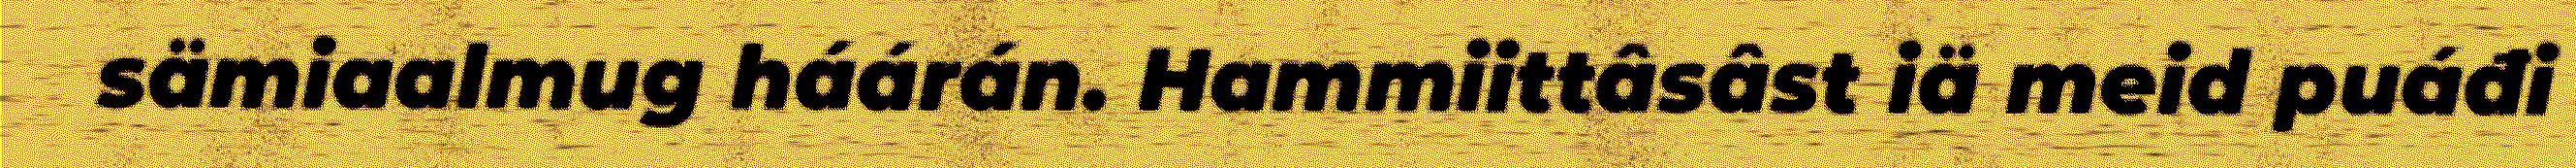
sämiaalmug háárán. Hammiittâsâst iä meid puáđi